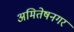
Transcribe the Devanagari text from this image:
अमितेषनगर